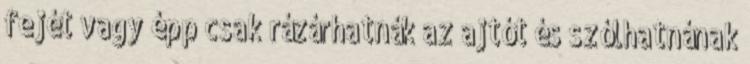
fejét vagy épp csak rázárhatnák az ajtót és szólhatnának